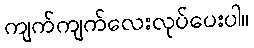
ကျက်ကျက်လေးလုပ်ပေးပါ။